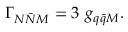
\Gamma _ { N \bar { N } M } = 3 ~ g _ { q \bar { q } M } .